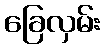
ခြေလှမ်း